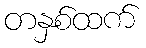
တနှစ်ထက်